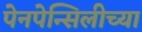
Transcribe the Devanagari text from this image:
पेनपेन्सिलीच्या